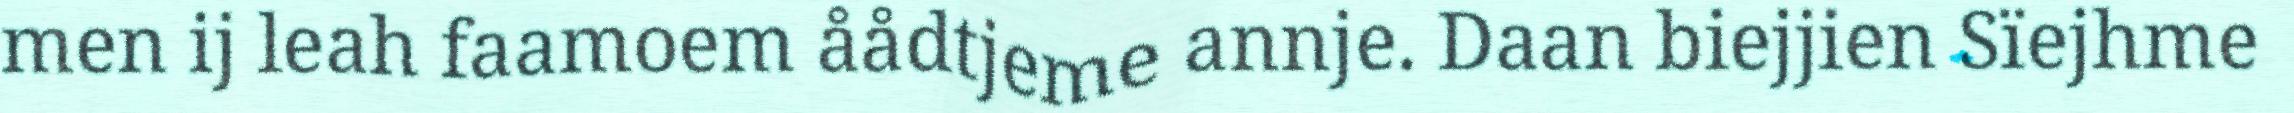
men ij leah faamoem åådtjeme annje. Daan biejjien Sïejhme